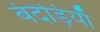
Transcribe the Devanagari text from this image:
बंदेड़ियाँ